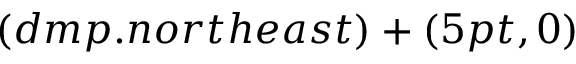
( d m p . n o r t h e a s t ) + ( 5 p t , 0 )